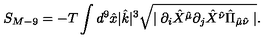
S _ { M - 9 } = - T \int d ^ { 9 } \hat { x } | \hat { k } | ^ { 3 } \sqrt { \mid \partial _ { i } \hat { X } ^ { \hat { \mu } } \partial _ { j } \hat { X } ^ { \hat { \nu } } \hat { \Pi } _ { \hat { \mu } \hat { \nu } } \mid } .